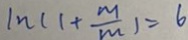
1 n ( 1 + \frac { m } { m } ) = 6